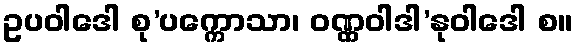
ဥပဝါဒေါ စု’ပက္ကောသာ၊ ဝဏ္ဏဝါဒါ’နုဝါဒေါ စ။